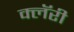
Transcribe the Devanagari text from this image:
क्लॅरी